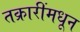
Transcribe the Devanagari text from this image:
तक्रारींमधून